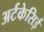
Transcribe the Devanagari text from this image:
अर्टकेसिई